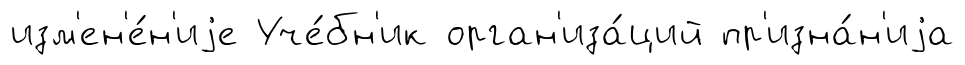
изм'ен'е́н'иjе Уче́бн'ик орган'иза́ций пр'изна́н'иjа